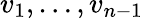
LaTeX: v_{1},\dots,v_{n-1}